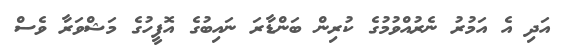
އަދި އެ އަމުރު ނެރުއްވުމުގެ ކުރިން ބަންޑާރަ ނައިބުގެ އޮފީހުގެ މަޝްވަރާ ވެސް